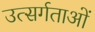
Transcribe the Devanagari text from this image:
उत्सर्गताओं